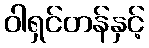
ဝါရှင်တန်နှင့်